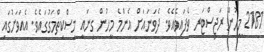
2181 މީހުން ރަޖިސްޓަރ ވެފައިވެއެވެ. ދެވަނައަށް އެންމެ މީހުން ގިނައީ މިސްކިތްމަގުގައެވެ. އެއަވަށުގައި